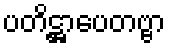
ပတိဋ္ဌာပေတဗ္ဗာ